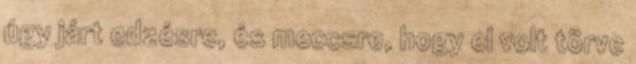
úgy járt edzésre, és meccsre, hogy el volt törve